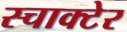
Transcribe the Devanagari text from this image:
स्चाक्टेर